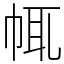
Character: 㡇